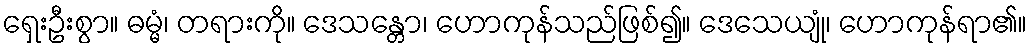
ရှေးဦးစွာ။ ဓမ္မံ၊ တရားကို။ ဒေသန္တော၊ ဟောကုန်သည်ဖြစ်၍။ ဒေသေယျုံ၊ ဟောကုန်ရာ၏။